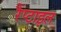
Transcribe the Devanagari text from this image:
रैप्टाइल